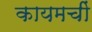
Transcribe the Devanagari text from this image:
कायमचीं